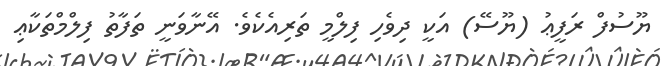
ޔޫސުފް ރަފީޢު (ޔޫސޭ) އަކީ ދިވެހި ފިލްމީ ތަރިއެކެވެ. އޭނާވަނީ ތަފާތު ފިލްމްތަކާޢި